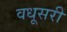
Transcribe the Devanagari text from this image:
वधूसरी